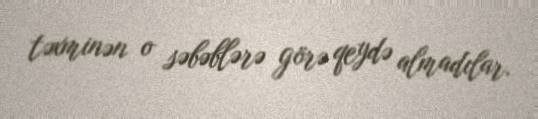
təxminən o səbəblərə görə qeydə almadılar.